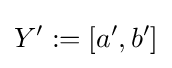
Y':=[a',b']